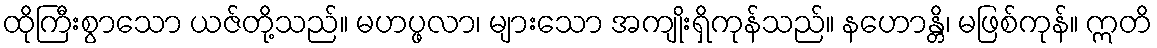
ထိုကြီးစွာသော ယဇ်တို့သည်။ မဟပ္ဖလာ၊ များသော အကျိုးရှိကုန်သည်။ နဟောန္တိ၊ မဖြစ်ကုန်။ ဣတိ